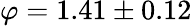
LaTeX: \varphi=1.41\pm 0.12